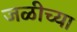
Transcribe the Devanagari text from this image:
जळीच्या